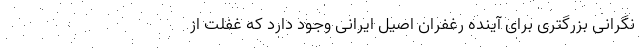
نگرانی بزرگتری برای آینده رغفران اصیل ایرانی وجود دارد که غفلت از